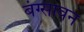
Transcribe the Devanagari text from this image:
बंग्सावन